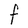
Character: F